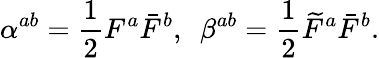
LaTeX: \alpha^{ab}=\frac{1}{2}F^{a}\bar{F}^{b},~~\beta^{ab}=\frac{1}{2}\widetilde{F}^{a}\bar{F}^{b}.